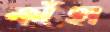
কাঁহা